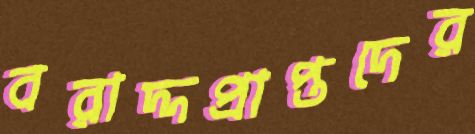
বরাদ্দপ্রাপ্তদের